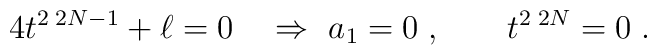
4t^{2\; 2N-1}+\ell=0\quad \Rightarrow \  a_1=0\;, \qquad t^{2\; 2N}=0\;.